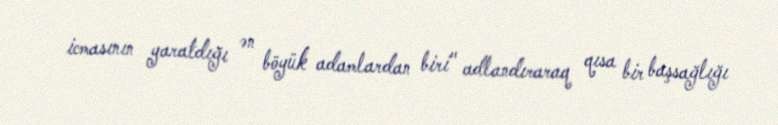
icmasının yaratdığı ən böyük adamlardan biri" adlandıraraq qısa bir başsağlığı